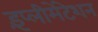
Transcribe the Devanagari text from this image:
इंप्लीमेंटेशन